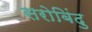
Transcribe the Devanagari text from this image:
सरोबिंदु